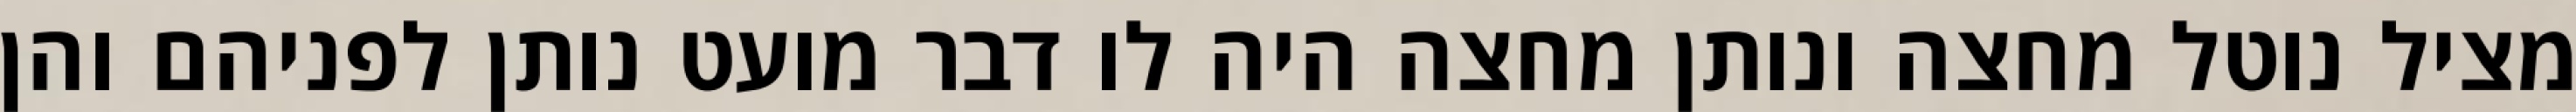
מציל נוטל מחצה ונותן מחצה היה לו דבר מועט נותן לפניהם והן